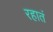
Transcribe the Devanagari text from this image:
रहातं